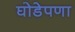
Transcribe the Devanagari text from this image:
घोडेपणा